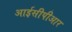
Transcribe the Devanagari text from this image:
आईसीपीआर